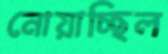
নোয়াচ্ছিল